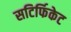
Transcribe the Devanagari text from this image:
सटिर्फिकेट